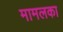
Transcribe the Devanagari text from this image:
मामलका